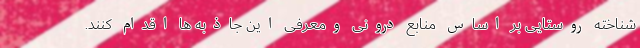
شناخته روستایی بر اساس منابع درونی ومعرفی این جاذبه ها اقدام کنند.